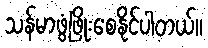
သန်မာဖွံ့ဖြိုးစေနိုင်ပါတယ်။